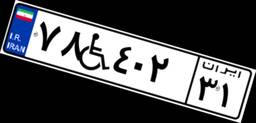
۰۴W۹۷۰۹۷